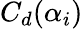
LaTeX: C_{d}(\alpha_{i})